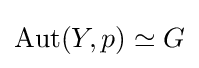
\operatorname {Aut} (Y,p)\simeq G